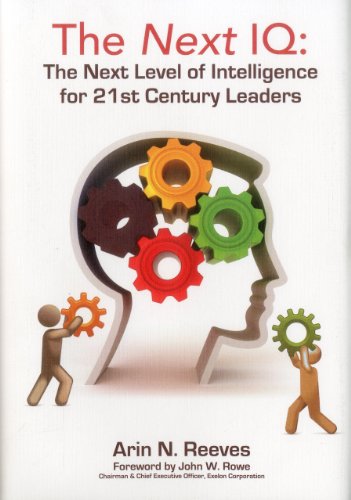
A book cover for The Next IQ: The Next Level of Intelligence for 21st Century Leaders; Arin N. Reeves; Law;